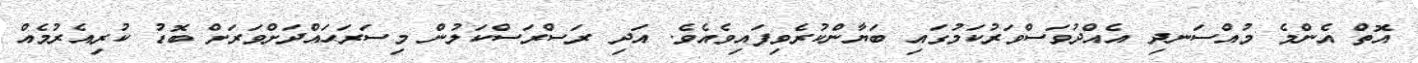
އޮތް އެންމެ މުއްސަނދި އެއްދުވަސްވަރުކަމުގައި ބަޔާންކުރެވިފައިވެއެވެ. އަދި ރަސްރަސްކަލުން މިސަރަޙައްދަށްވަރަށް ބޮޑު ކުރިއެރުމެއް